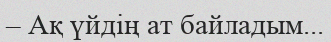
– Ақ үйдің ат байладым...